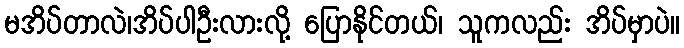
မအိပ်တာလဲ၊အိပ်ပါဦးလားလို့ ပြောနိုင်တယ်၊ သူကလည်း အိပ်မှာပဲ။